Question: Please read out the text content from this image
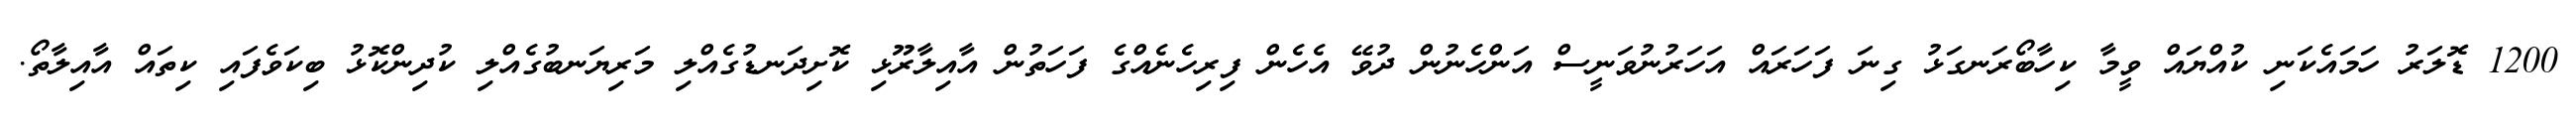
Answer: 1200 ޑޮލަރު ހަމައެކަނި ކުއްޔައް ވީމާ ކިހާބޯރަނގަޅު ގިނަ ފަހަރައް އަހަރުނުވަނީސް އަންހެނުން ދުވޭ އެހެން ފިރިހެނެއްގެ ފަހަތުން އާއިލާރޫޅި ކޮށިދަނޑުގެއްލި މަރިޔަނބުގެއްލި ކުދިންކޮޅު ބިކަވެފައި ކިތައް އާއިލާތޯ.